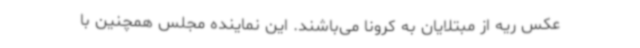
عکس ریه از مبتلایان به کرونا می‌باشند. این نماینده مجلس همچنین با